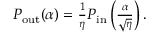
\begin{array} { r } { P _ { \mathrm { o u t } } ( \alpha ) = \frac { 1 } { \eta } P _ { \mathrm { i n } } \left( \frac { \alpha } { \sqrt { \eta } } \right) . } \end{array}